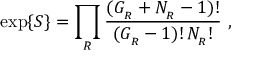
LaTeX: \exp \{ S \} = \prod _ { R } { \frac { ( G _ { _ R } + { \cal N } _ { _ R } - 1 ) ! } { ( G _ { _ R } - 1 ) ! \, { \cal N } _ { _ R } ! } } \ ,